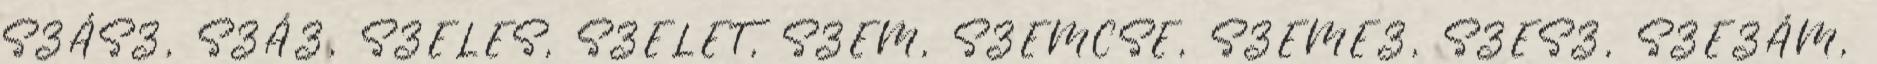
SZÁSZ, SZÁZ, SZELES, SZELET, SZEM, SZEMCSE, SZEMEZ, SZESZ, SZEZÁM,